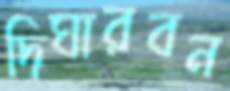
দিঘারবন